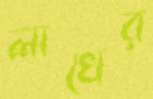
লাখের